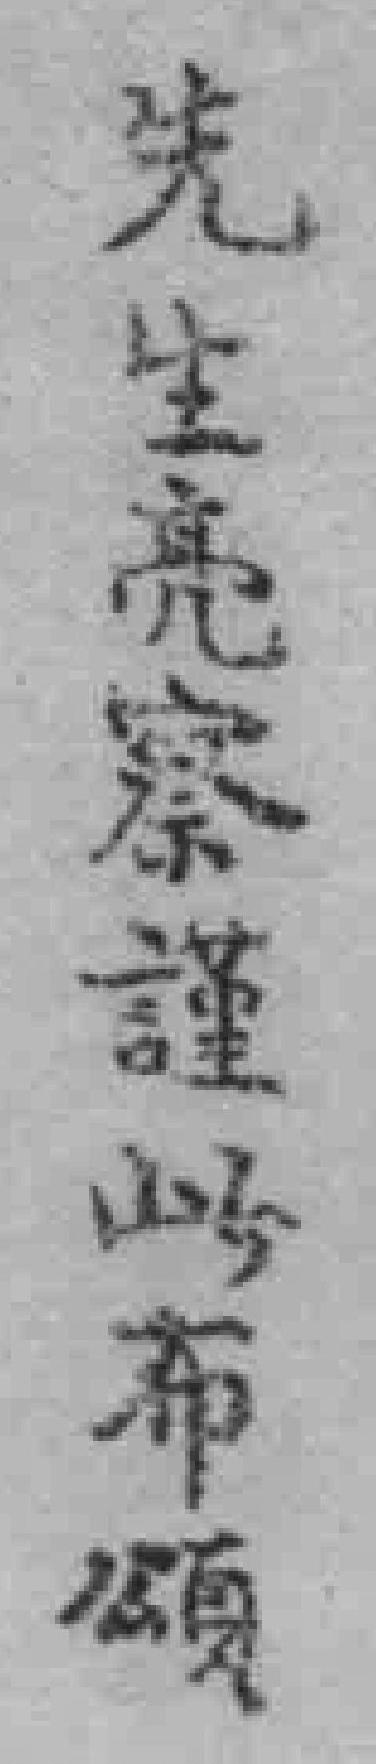
先生亮察謹此布頌